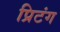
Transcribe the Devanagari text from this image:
प्रिटंग